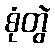
စုံတွဲ